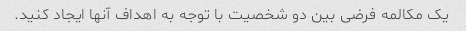
یک مکالمه فرضی بین دو شخصیت با توجه به اهداف آنها ایجاد کنید.